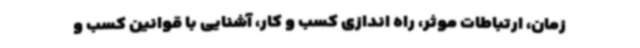
زمان، ارتباطات موثر، راه اندازی کسب و کار، آشنایی با قوانین کسب و